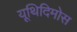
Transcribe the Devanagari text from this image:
यूथिदिमोस